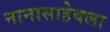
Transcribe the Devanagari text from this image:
नानासाहेबला